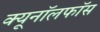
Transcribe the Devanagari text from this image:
क्यूनॉलफॉस